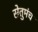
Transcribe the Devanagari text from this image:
सेतुमंच